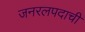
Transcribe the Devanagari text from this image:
जनरलपदाची